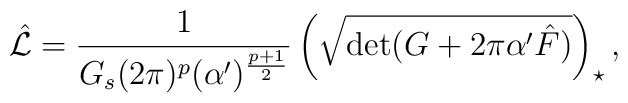
\hat{\cal L}=\frac{1}{G_s(2\pi )^p(\alpha^\prime )^{\frac{p+1}{2}}}\left(\sqrt{\mbox{det}(G+2\pi\alpha^\prime \hat{F})}\right)_{\star},